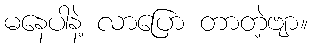
မနေပါနဲ့ လာပြော တာတဲ့ဗျာ။